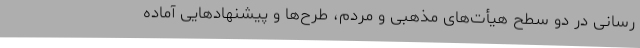
رسانی در دو سطح هیأت‌های مذهبی و مردم، طرح‌ها و پیشنهادهایی آماده